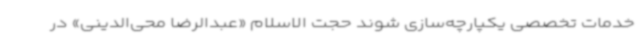
خدمات تخصصی یکپارچه‌سازی شوند حجت الاسلام «عبدالرضا محی‌الدینی» در